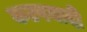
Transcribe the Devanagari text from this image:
कटपयादी